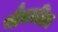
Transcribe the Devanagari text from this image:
यौनरहित